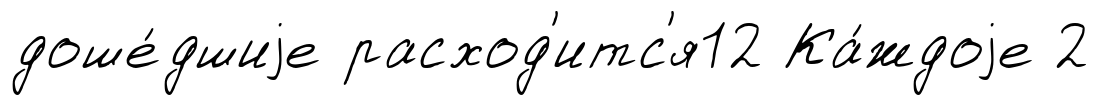
доше́дшиjе расход'итс'я12 Ка́ждоjе 2